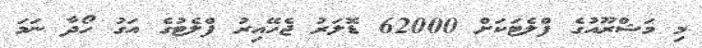
މި މަޝްރޫއުގެ ފްލެޓަކަށް 62000 ޑޮލަރު ޖެހޭއިރު ފްލެޓުގެ އަގު ހޯދާ ނަމަ